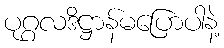
ပုဂ္ဂလဒိဋ္ဌာန်မပြောပါနဲ့